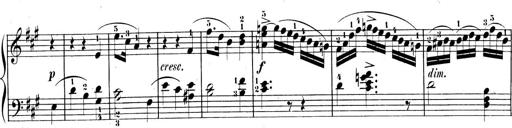
Title: 3 Sonatinen, Op.8
Composer: Isidor Wilhelm Seiss